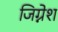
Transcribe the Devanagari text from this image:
जिग्नेश